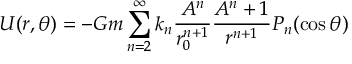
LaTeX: { \cal { { U } ( r , \theta ) } } = - G m \sum _ { n = 2 } ^ { \infty } k _ { n } { \frac { A ^ { n } } { r _ { 0 } ^ { n + 1 } } } { \frac { A ^ { n } + 1 } { r ^ { n + 1 } } } P _ { n } ( \cos \theta )